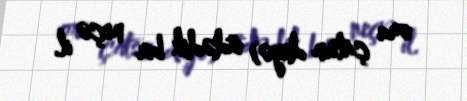
ora çatsın deyə) ödədik bir neçə il.